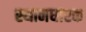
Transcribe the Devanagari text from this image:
स्थानधारक